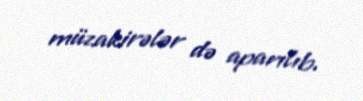
müzakirələr də aparılıb.